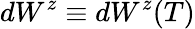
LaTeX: dW^{z}\equiv dW^{z}(T)